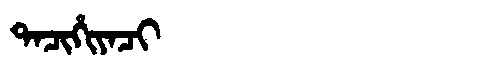
Manchu: ᡨᠠᠴᡳᡥᡳᠶᠠᠴᡳ
Romanization: TACIHIYACI